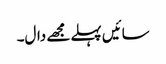
سائیں پہلے مجھے دال۔